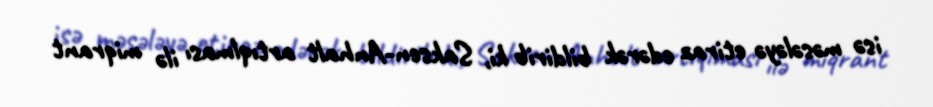
isə məsələyə etiraz edərək bildirib ki, Saksen-Anhalt artıqlması ilə miqrant